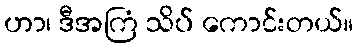
ဟာ၊ ဒီအကြံ သိပ် ကောင်းတယ်။